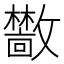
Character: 𫿣